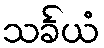
သင်္ခယံ